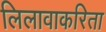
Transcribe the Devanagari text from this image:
लिलावाकरिता